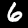
Digit: 6